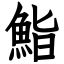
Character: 鮨